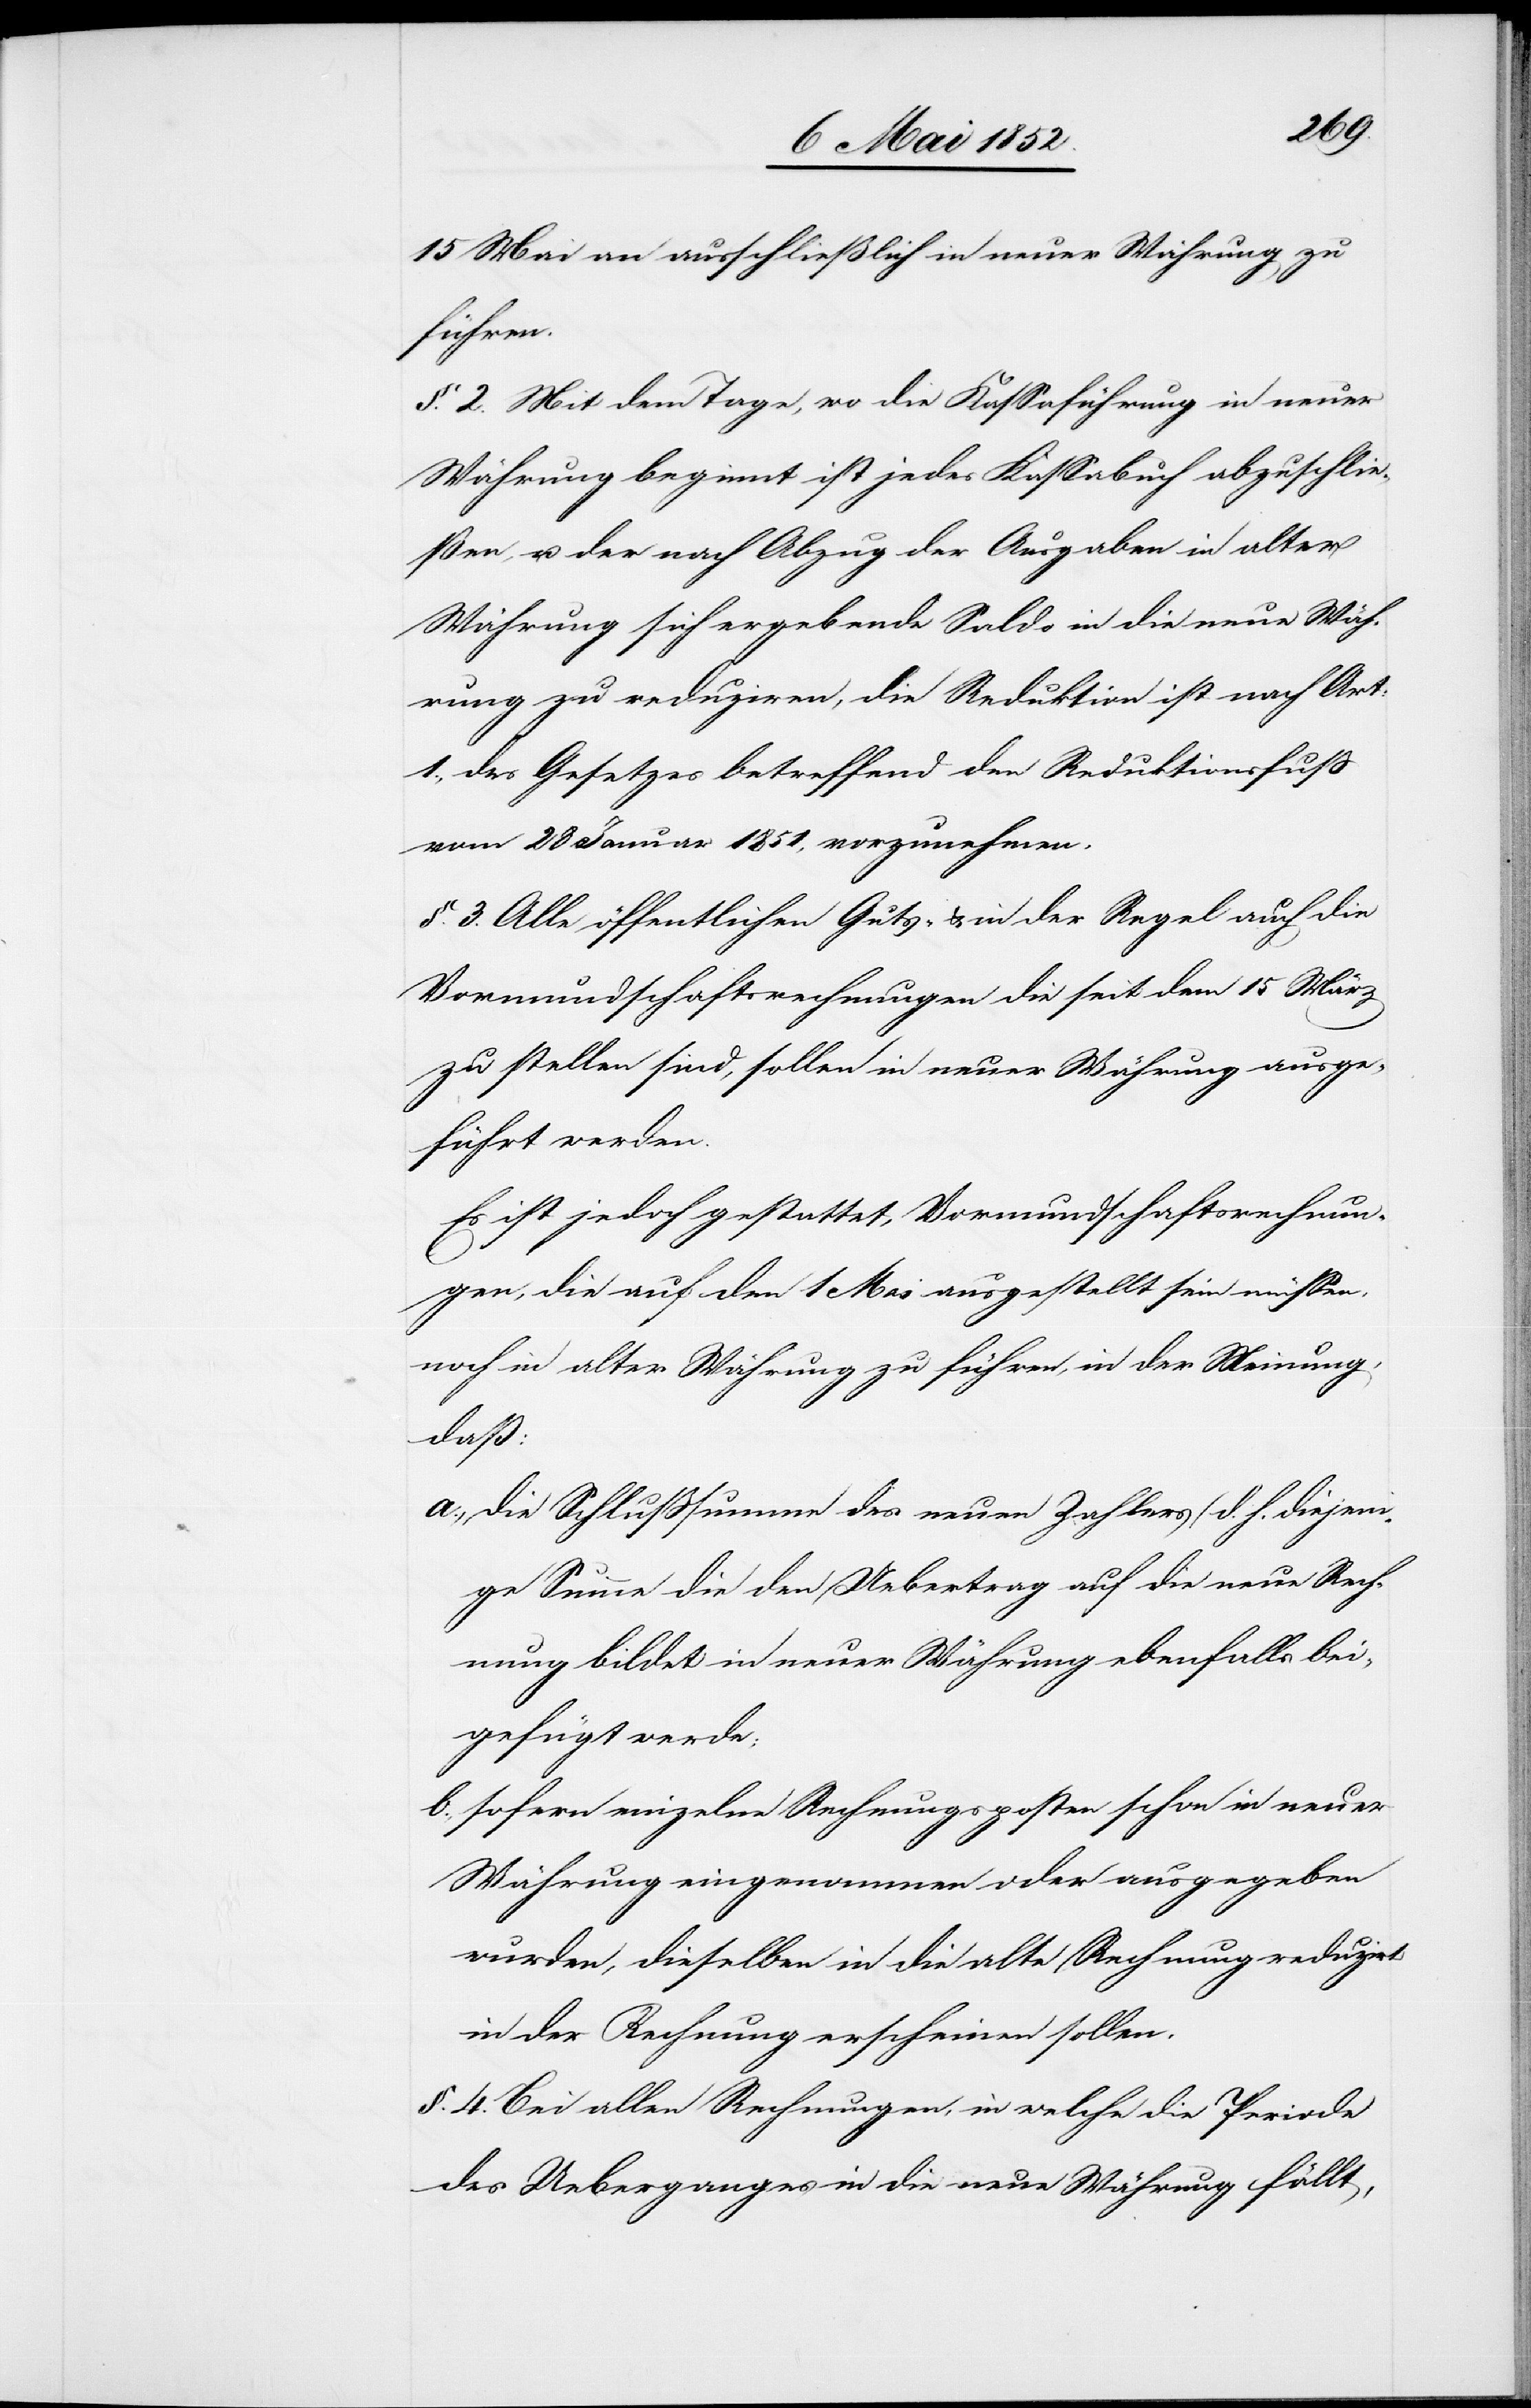
15 Mai an ausschließlich in neuer Währung zu
führen.
§. 2. Mit dem Tage, wo die Kassaführung in neuer
Währung beginnt ist jedes Kassabuch abzuschlies¬
sen, u. der nach Abzug der Ausgaben in alter
Währung sich ergebende Saldo in die neue Wäh¬
rung zu reduziren, die Reduktion ist nach Art:
1., des Gesetzes betreffend den Reduktionsfuss
vom 28 Januar 1851. vorzunehmen.
§. 3. Alle öffentlichen Guts- & in der Regel auch die
Vormundschaftsrechnungen die seit dem 15 März
zu stellen sind, sollen in neuer Währung ausge¬
führt werden.
Es ist jedoch gestattet, Vormundschaftsrechnun¬
gen, die auf den 1 Mai ausgestellt sein müssen,
noch in alter Währung zu führen, in der Meinung,
daß:
die Schlusssumme des neuen Zahlers (d. h. diejeni¬
ge Summe die den Uebertrag auf die neue Rech¬
nung bildet[)] in neuer Währung ebenfalls bei¬
gefügt werde;
sofern einzelne Rechnungsposten schon in neuer
Währung eingenommen oder ausgegeben
wurden, dieselben in die alte Rechnung reduzirt
in der Rechnung erscheinen sollen.
§. 4. Bei allen Rechnungen, in welche die Periode
des Ueberganges in die neue Währung fällt,